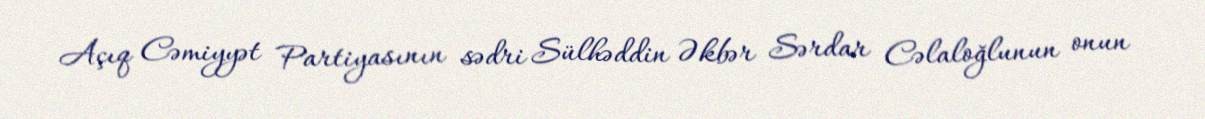
Açıq Cəmiyyət Partiyasının sədri Sülhəddin Əkbər Sərdar Cəlaloğlunun onun